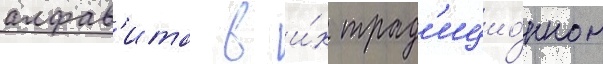
алфав'ита в и́х трад'ицио́нном